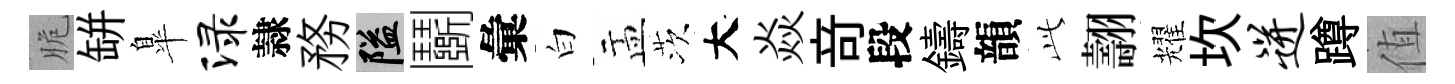
脆缾臯渌隷務隘鬬彙白盂茨大焱竒段鑄韻𬼘翿耀坎迸蹲值